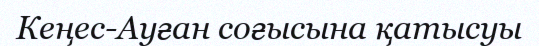
Кеңес-Ауған соғысына қатысуы